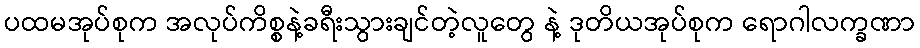
ပထမအုပ်စုက အလုပ်ကိစ္စနဲ့ခရီးသွားချင်တဲ့လူတွေ နဲ့ ဒုတိယအုပ်စုက ရောဂါလက္ခဏာ